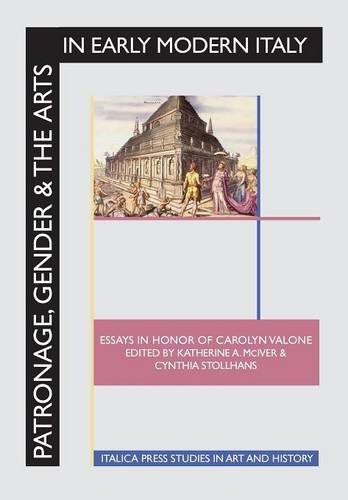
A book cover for Patronage, Gender and the Arts in Early Modern Italy: Essays in Honor of Carolyn Valone; Arts & Photography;